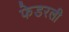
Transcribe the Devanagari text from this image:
फेडरली